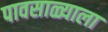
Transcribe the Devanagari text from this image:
पावसाळ्याला